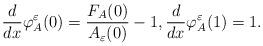
LaTeX: \begin{align*} \frac{d}{dx}\varphi_A^\varepsilon(0)=\frac{F_A(0)}{A_\varepsilon(0)}-1, \frac{d}{dx}\varphi_A^\varepsilon(1)=1.\end{align*}